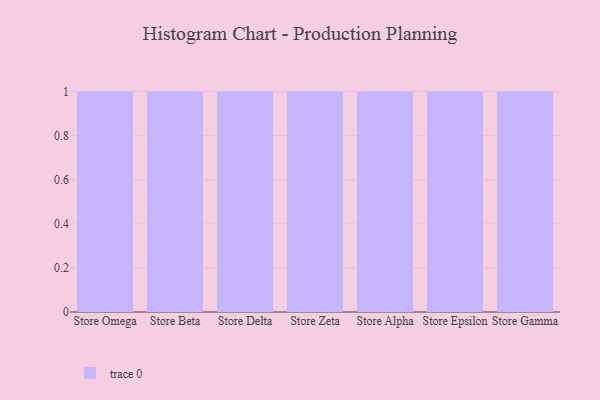
{"axis": {"x": "Store", "y": "Shipments"}, "legend": [""], "data": [{"x": "Store Omega", "y": 84, "type": ""}, {"x": "Store Beta", "y": 46, "type": ""}, {"x": "Store Delta", "y": 13, "type": ""}, {"x": "Store Zeta", "y": 25, "type": ""}, {"x": "Store Alpha", "y": 13, "type": ""}, {"x": "Store Epsilon", "y": 3, "type": ""}, {"x": "Store Gamma", "y": 17, "type": ""}]}